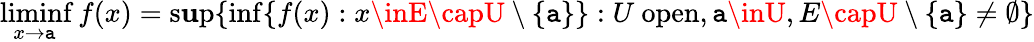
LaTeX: \operatorname*{liminf}_{x\to\mathtt{a}}f(x)=\operatorname*{s\mathbf{u}p}\{ \operatorname*{inf}\{ f(x):x\inE\capU\setminus\{ \mathtt{a}\} \} :U\ \mathrm{{open}},\mathtt{a}\inU,E\capU\setminus\{ \mathtt{a}\} \neq\emptyset\}